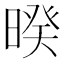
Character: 暌